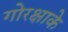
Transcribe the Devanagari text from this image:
गोरक्षाके